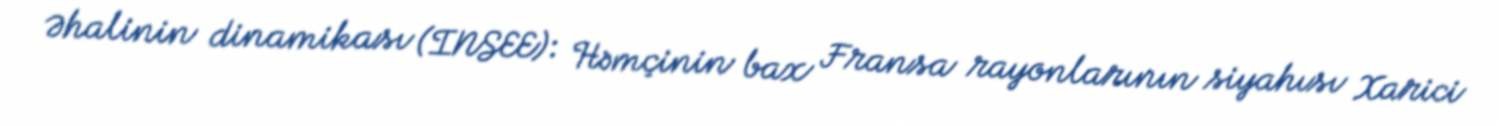
Əhalinin dinamikası (INSEE): Həmçinin bax Fransa rayonlarının siyahısı Xarici